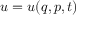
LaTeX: u = u ( q , p , t )